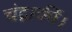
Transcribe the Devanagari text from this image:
चंद्रार्की।